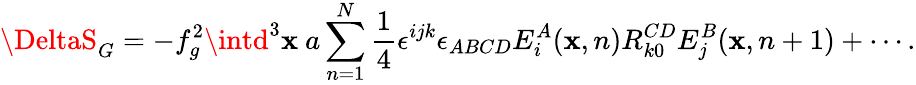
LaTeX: \DeltaS_{G}=-f_{g}^{2}\intd^{3}\mathbf{x}~a\sum_{n=1}^{N}\frac{{1}}{{4}}\epsilon^{ijk}\epsilon_{ABCD}E_{i}^{A}(\mathbf{x},n)R_{k0}^{CD}E_{j}^{B}(\mathbf{x},n+1)+\cdots.